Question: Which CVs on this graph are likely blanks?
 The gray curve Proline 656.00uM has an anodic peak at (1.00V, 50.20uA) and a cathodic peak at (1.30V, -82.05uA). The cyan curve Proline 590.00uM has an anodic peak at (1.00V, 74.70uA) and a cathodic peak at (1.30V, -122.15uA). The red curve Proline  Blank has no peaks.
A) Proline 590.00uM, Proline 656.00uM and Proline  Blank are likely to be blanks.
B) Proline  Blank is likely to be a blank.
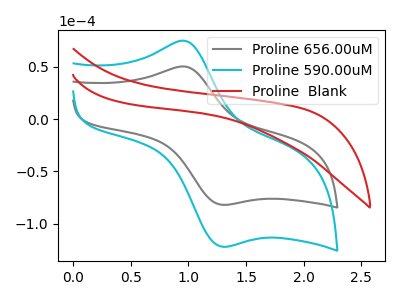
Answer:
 <answer>B) "Proline  Blank" is likely to be a blank.</answer>
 <eval>B</eval>